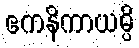
ဧကနိကာယမ္ပိ